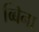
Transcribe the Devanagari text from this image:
व्बिना